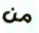
من